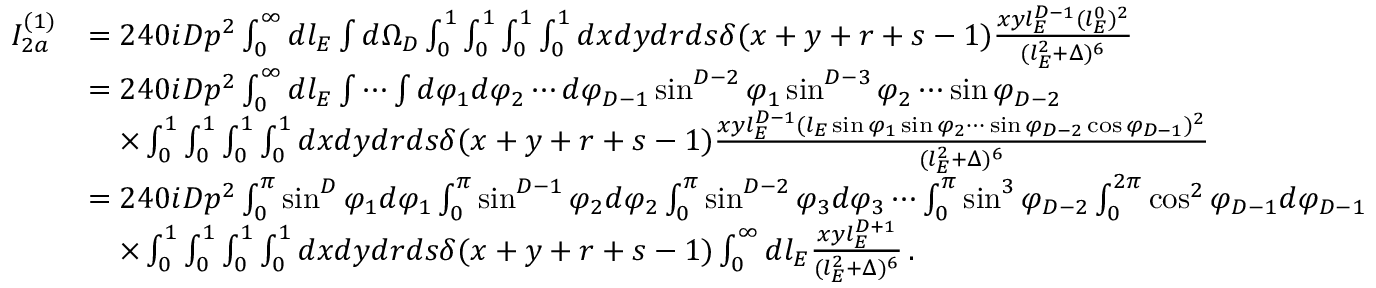
\begin{array} { r l } { I _ { 2 a } ^ { ( 1 ) } } & { = 2 4 0 i D p ^ { 2 } \int _ { 0 } ^ { \infty } d l _ { E } \int d \Omega _ { D } \int _ { 0 } ^ { 1 } \int _ { 0 } ^ { 1 } \int _ { 0 } ^ { 1 } \int _ { 0 } ^ { 1 } d x d y d r d s \delta ( x + y + r + s - 1 ) \frac { x y l _ { E } ^ { D - 1 } ( l _ { E } ^ { 0 } ) ^ { 2 } } { ( l _ { E } ^ { 2 } + \Delta ) ^ { 6 } } } \\ & { = 2 4 0 i D p ^ { 2 } \int _ { 0 } ^ { \infty } d l _ { E } \int \cdots \int d \varphi _ { 1 } d \varphi _ { 2 } \cdots d \varphi _ { D - 1 } \sin ^ { D - 2 } \varphi _ { 1 } \sin ^ { D - 3 } \varphi _ { 2 } \cdots \sin \varphi _ { D - 2 } } \\ & { \quad \times \int _ { 0 } ^ { 1 } \int _ { 0 } ^ { 1 } \int _ { 0 } ^ { 1 } \int _ { 0 } ^ { 1 } d x d y d r d s \delta ( x + y + r + s - 1 ) \frac { x y l _ { E } ^ { D - 1 } ( l _ { E } \sin \varphi _ { 1 } \sin \varphi _ { 2 } \cdots \sin \varphi _ { D - 2 } \cos \varphi _ { D - 1 } ) ^ { 2 } } { ( l _ { E } ^ { 2 } + \Delta ) ^ { 6 } } } \\ & { = 2 4 0 i D p ^ { 2 } \int _ { 0 } ^ { \pi } \sin ^ { D } \varphi _ { 1 } d \varphi _ { 1 } \int _ { 0 } ^ { \pi } \sin ^ { D - 1 } \varphi _ { 2 } d \varphi _ { 2 } \int _ { 0 } ^ { \pi } \sin ^ { D - 2 } \varphi _ { 3 } d \varphi _ { 3 } \cdots \int _ { 0 } ^ { \pi } \sin ^ { 3 } \varphi _ { D - 2 } \int _ { 0 } ^ { 2 \pi } \cos ^ { 2 } \varphi _ { D - 1 } d \varphi _ { D - 1 } } \\ & { \quad \times \int _ { 0 } ^ { 1 } \int _ { 0 } ^ { 1 } \int _ { 0 } ^ { 1 } \int _ { 0 } ^ { 1 } d x d y d r d s \delta ( x + y + r + s - 1 ) \int _ { 0 } ^ { \infty } d l _ { E } \frac { x y l _ { E } ^ { D + 1 } } { ( l _ { E } ^ { 2 } + \Delta ) ^ { 6 } } \, . } \end{array}